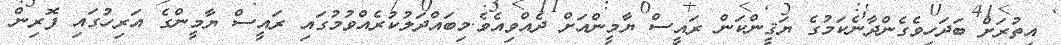
އިތުރަށް ބަދަހިވެގެންދާނެކަމުގެ ޔަޤީންކަން ރައީސް ޔާމީންއަށް ދެއްވިއެވެ.މިބައްދަލުކުރެއްވުމުގައި ރައީސް ޔާމީންގެ އަރިހުގައި ފޮރިން